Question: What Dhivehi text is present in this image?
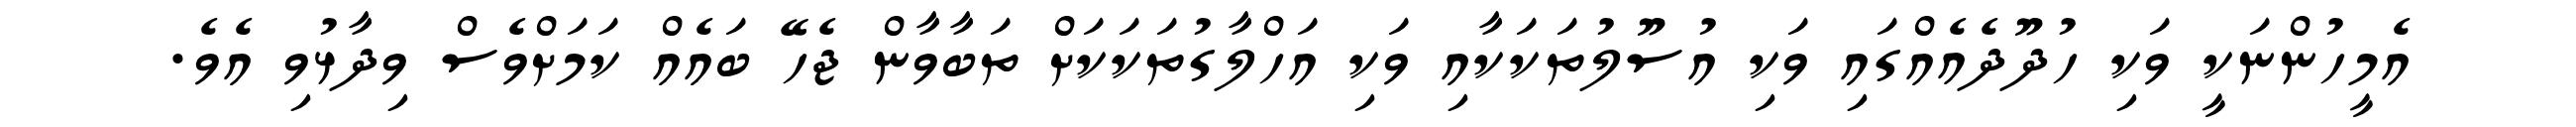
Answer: އެމީހުންނަކީ ވަކި ހުދޫދެއެއްގައި ވަކި އުސޫލުތަކަކާއި ވަކި އަހްލާގުތަކަކަށް ތަބާވާން ޖެހޭ ބައެއް ކަމަށްވެސް ވިދާޅުވި އެވެ.